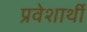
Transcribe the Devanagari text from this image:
प्रवेशार्थी